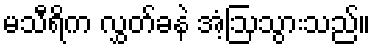
မသီရိက လွှတ်ခနဲ အံ့ဩသွားသည်။